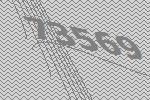
73569